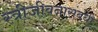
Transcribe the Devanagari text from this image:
स्त्रीजीवनासंबंधी